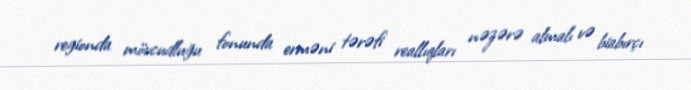
regionda mövcudluğu fonunda erməni tərəfi reallıqları nəzərə almalı və biabırçı